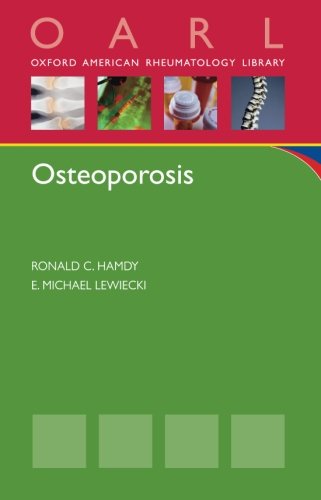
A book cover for Osteoporosis (Oxford American Rheumatology Library); Ronald C. Hamdy; Health, Fitness & Dieting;